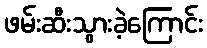
ဖမ်းဆီးသွားခဲ့ကြောင်း